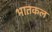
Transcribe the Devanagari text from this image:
भातकल